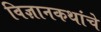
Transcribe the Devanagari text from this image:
विज्ञानकथांचे